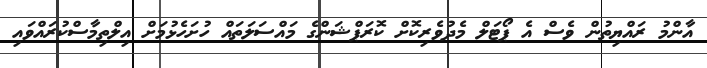
އާންމު ރައްޔިތުން ވެސް އެ ޕޯޓަލް މެދުވެރިކޮށް ކޮރަޕްޝަންގެ މައްސަލަތައް ހުށަހެޅުމަށް އިލްތިމާސްކުރައްވައި